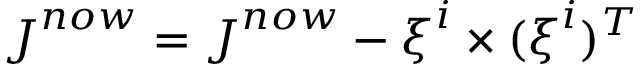
\boldsymbol { J } ^ { n o w } = \boldsymbol { J } ^ { n o w } - \boldsymbol { \xi } ^ { i } \times ( \boldsymbol { \xi } ^ { i } ) ^ { T }